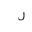
Letter: _lam